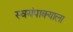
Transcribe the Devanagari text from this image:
स्वयंपाक्याला